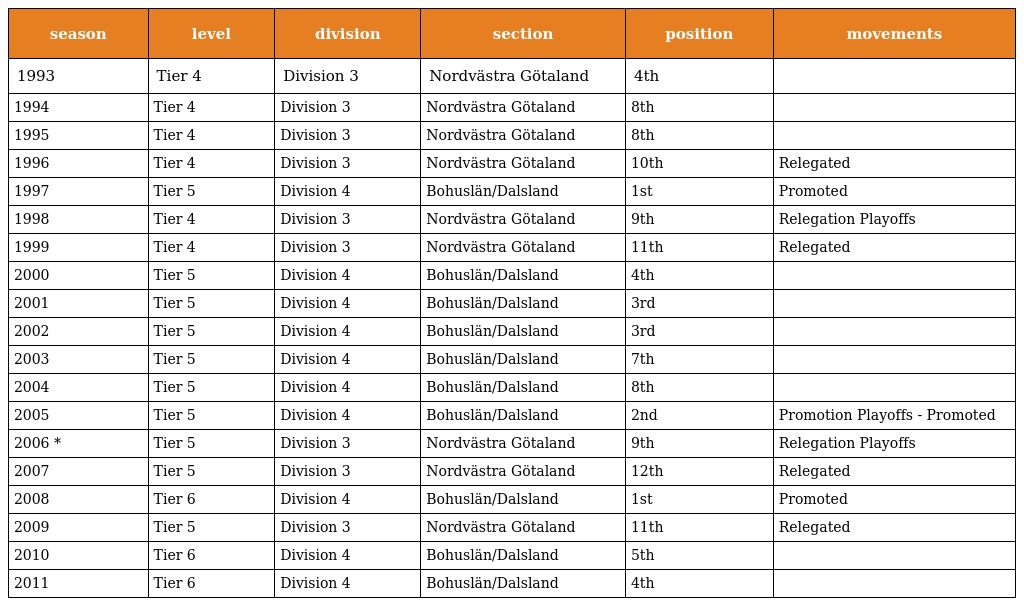
| season | level | division | section | position | movements |
 | --- | --- | --- | --- | --- | --- |
 | 1993 | Tier 4 | Division 3 | Nordvästra Götaland | 4th |  |
 | 1994 | Tier 4 | Division 3 | Nordvästra Götaland | 8th |  |
 | 1995 | Tier 4 | Division 3 | Nordvästra Götaland | 8th |  |
 | 1996 | Tier 4 | Division 3 | Nordvästra Götaland | 10th | Relegated |
 | 1997 | Tier 5 | Division 4 | Bohuslän/Dalsland | 1st | Promoted |
 | 1998 | Tier 4 | Division 3 | Nordvästra Götaland | 9th | Relegation Playoffs |
 | 1999 | Tier 4 | Division 3 | Nordvästra Götaland | 11th | Relegated |
 | 2000 | Tier 5 | Division 4 | Bohuslän/Dalsland | 4th |  |
 | 2001 | Tier 5 | Division 4 | Bohuslän/Dalsland | 3rd |  |
 | 2002 | Tier 5 | Division 4 | Bohuslän/Dalsland | 3rd |  |
 | 2003 | Tier 5 | Division 4 | Bohuslän/Dalsland | 7th |  |
 | 2004 | Tier 5 | Division 4 | Bohuslän/Dalsland | 8th |  |
 | 2005 | Tier 5 | Division 4 | Bohuslän/Dalsland | 2nd | Promotion Playoffs - Promoted |
 | 2006 * | Tier 5 | Division 3 | Nordvästra Götaland | 9th | Relegation Playoffs |
 | 2007 | Tier 5 | Division 3 | Nordvästra Götaland | 12th | Relegated |
 | 2008 | Tier 6 | Division 4 | Bohuslän/Dalsland | 1st | Promoted |
 | 2009 | Tier 5 | Division 3 | Nordvästra Götaland | 11th | Relegated |
 | 2010 | Tier 6 | Division 4 | Bohuslän/Dalsland | 5th |  |
 | 2011 | Tier 6 | Division 4 | Bohuslän/Dalsland | 4th |  |